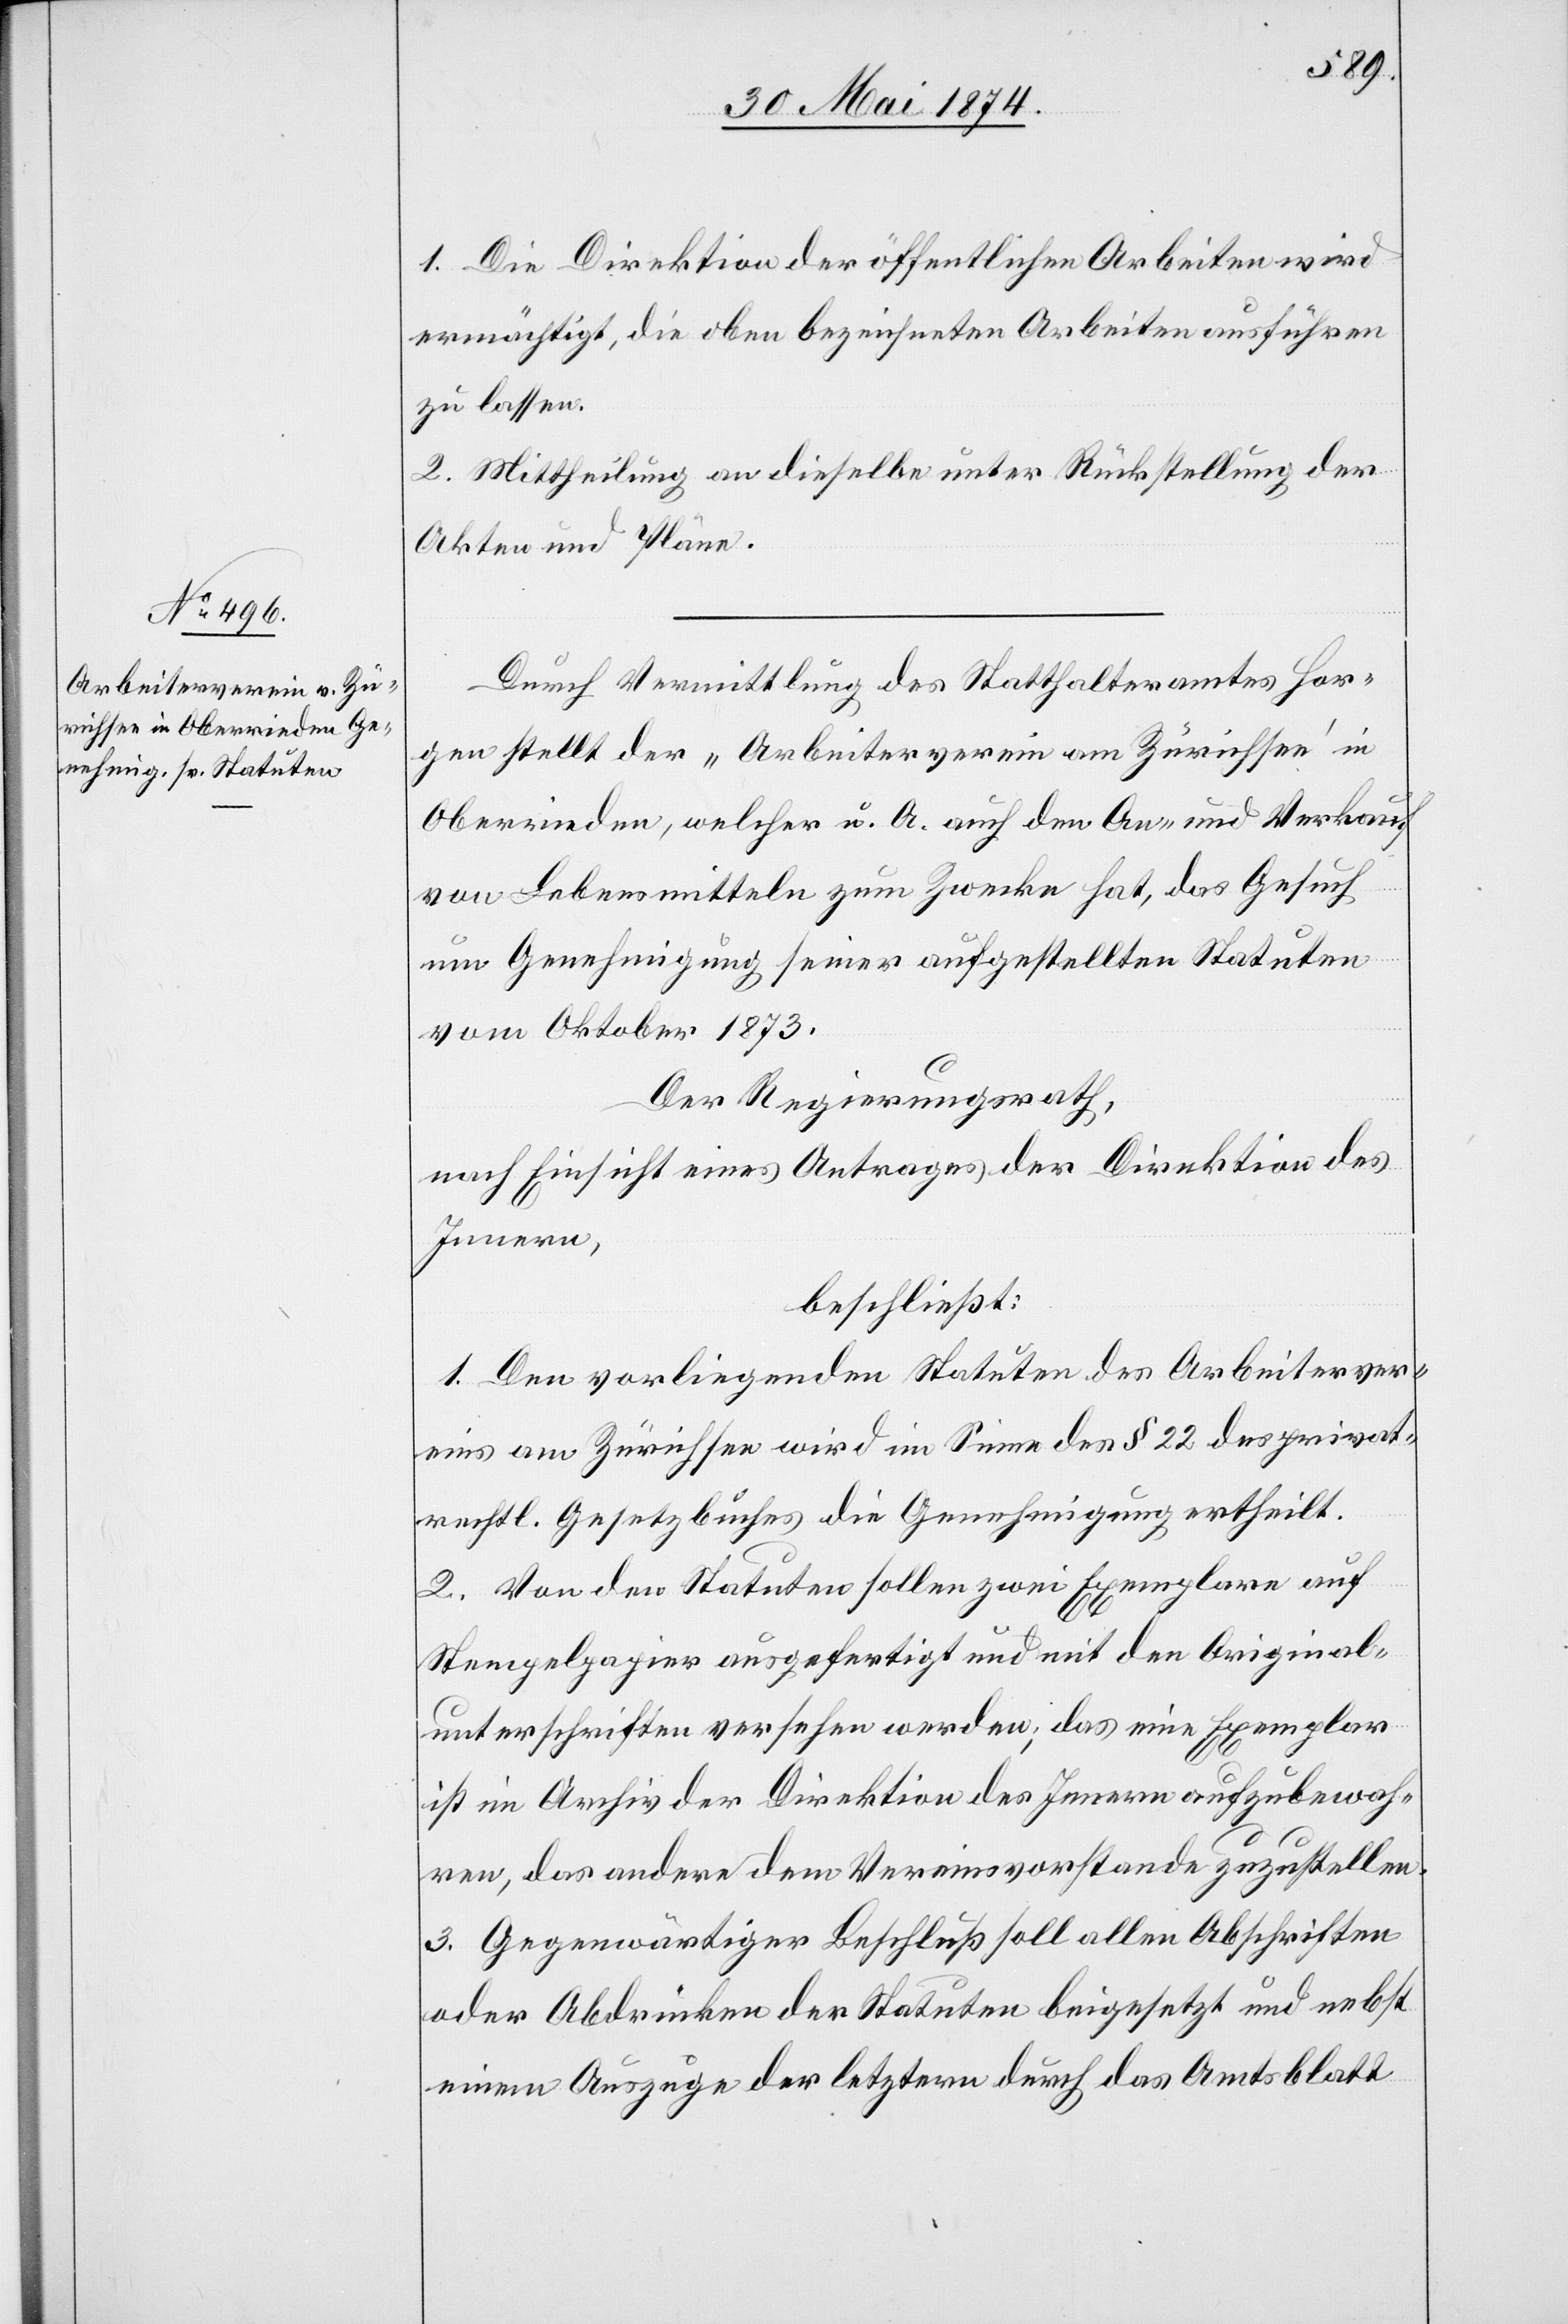
1. Die Direktion der öffentlichen Arbeiten wird
ermächtigt, die oben bezeichneten Arbeiten ausführen
zu lassen.
2. Mittheilung an dieselbe unter Rückstellung der
Akten und Pläne.
Durch Vermittlung des Statthalteramtes Hor¬
gen stellt der „Arbeiterverein am Zürichsee“ in
Oberrieden, welcher u. A. auch den An- und Verkauf
von Lebensmitteln zum Zwecke hat, das Gesuch
um Genehmigung seiner aufgestellten Statuten
vom Oktober 1873.
Der Regierungsrath,
nach Einsicht eines Antrages der Direktion des
Innern,
beschließt:
1. Den vorliegenden Statuten des Arbeiterver¬
eins am Zürichsee wird im Sinne des § 22 des privat¬
rechtl. Gesetzbuches die Genehmigung ertheilt.
2. Von den Statuten sollen zwei Exemplare auf
Stempelpapier ausgefertigt und mit den Original¬
unterschriften versehen werden; das eine Exemplar
ist im Archiv der Direktion des Innern aufzubewah¬
ren, das andere dem Vereinsvorstande zuzustellen.
3. Gegenwärtiger Beschluß soll allen Abschriften
oder Abdrücken der Statuten beigesetzt und nebst
einem Auszuge der letztern durch das Amtsblatt